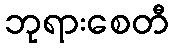
ဘုရားစေတီ